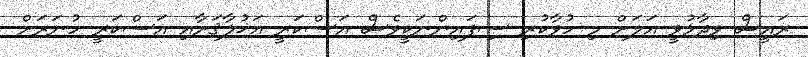
ރައީސް ވިދާޅުވީ އަލަށް މި ހުވާކުރި ސިފައިންނަކީވެސް އަސްކަރީ އަޚުލާޤަށާއި އަސްކަރީ ހުނަރަށް